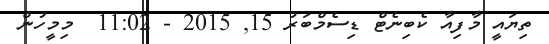
ތިޔައީ މާފިއާ ކެބިނެޓް ޑިސެމްބަރު 15